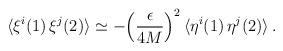
LaTeX: \begin{align*}\langle \xi^i(1) \, \xi^j(2) \rangle \simeq-\Bigl(\frac{\epsilon}{4M}\Bigr)^2\,\langle \eta^i(1) \, \eta^j(2) \rangle \>.\end{align*}